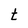
Character: t